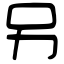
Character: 另